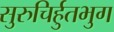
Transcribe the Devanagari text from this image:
सुरुचिर्हुतभुग